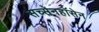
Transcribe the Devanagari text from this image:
सच्सेनहॉसेन